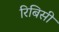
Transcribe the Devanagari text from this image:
रिबिसी